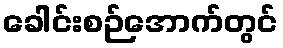
ခေါင်းစဉ်အောက်တွင်